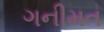
ગનીમત